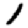
Digit: 1